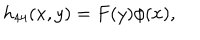
LaTeX: h _ { 4 4 } ( x , y ) = F ( y ) \phi ( x ) ,